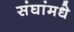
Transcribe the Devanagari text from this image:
संघांमधे